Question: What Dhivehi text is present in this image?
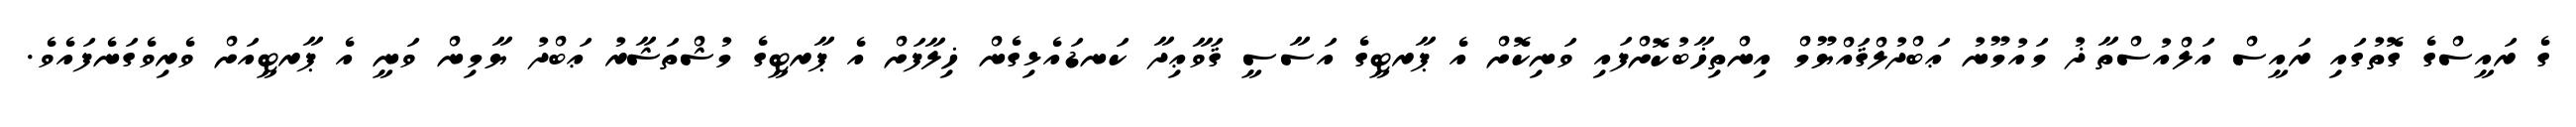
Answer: ގެ ރައީސްގެ ގޮތުގައި ރައީސް އަލްއުސްތާޛު މައުމޫނު ޢަބްދުލްޤައްޔޫމް އިންތިޚާބުކޮށްފައި ވަނިކޮށް އެ ޕާރޓީގެ އަސާސީ ޤަވާޢިދާ ކަނޑައެޅިގެން ޚިލާފަށް އެ ޕާރޓީގެ މުޝްތަޝާރު ޢަބްދު ޔާމިން ވަނީ އެ ޕާރޓީއަށް ވެރިވެގަނެފައެވެ.